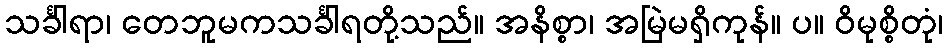
သင်္ခါရာ၊ တေဘူမကသင်္ခါရတို့သည်။ အနိစ္စာ၊ အမြဲမရှိကုန်။ ပ။ ဝိမုစ္စိတုံ၊